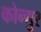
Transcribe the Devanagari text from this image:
कोन्गुर